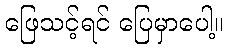
ဖြေသင့်ရင် ပြေမှာပေါ့။